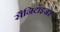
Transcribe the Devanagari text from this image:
सैनिटाइजर